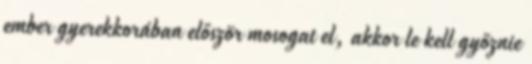
ember gyerekkorában először mosogat el, akkor le kell győznie